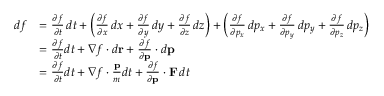
{ \begin{array} { r l } { d f } & { = { \frac { \partial f } { \partial t } } \, d t + \left( { \frac { \partial f } { \partial x } } \, d x + { \frac { \partial f } { \partial y } } \, d y + { \frac { \partial f } { \partial z } } \, d z \right) + \left( { \frac { \partial f } { \partial p _ { x } } } \, d p _ { x } + { \frac { \partial f } { \partial p _ { y } } } \, d p _ { y } + { \frac { \partial f } { \partial p _ { z } } } \, d p _ { z } \right) } \\ & { = { \frac { \partial f } { \partial t } } d t + \nabla f \cdot d \mathbf { r } + { \frac { \partial f } { \partial \mathbf { p } } } \cdot d \mathbf { p } } \\ & { = { \frac { \partial f } { \partial t } } d t + \nabla f \cdot { \frac { \mathbf { p } } { m } } d t + { \frac { \partial f } { \partial \mathbf { p } } } \cdot \mathbf { F } \, d t } \end{array} }